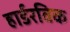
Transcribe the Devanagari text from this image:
हार्डरविक